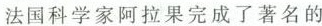
法国科学家阿拉果完成了著名的